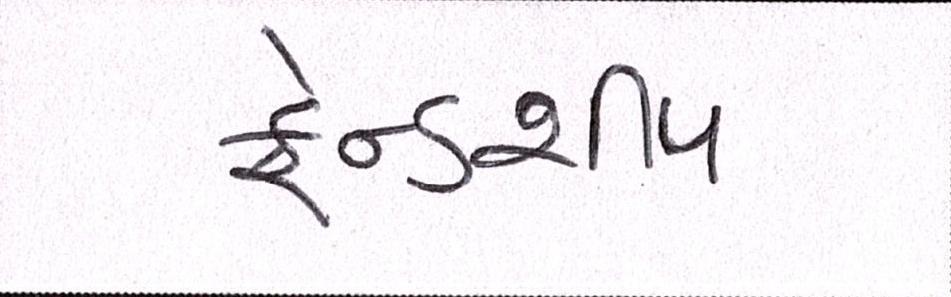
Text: ફ્રેન્ડશીપ